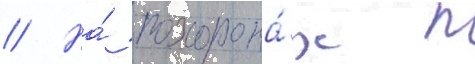
// На́ похорона́х п